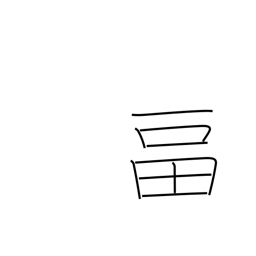
Meaning: to fill